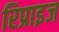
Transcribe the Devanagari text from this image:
रिप्राइज